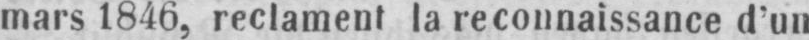
mars 1846, reclament la reconnaissance d’un